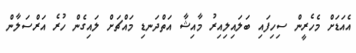
އެއަޑަށް މެހެރީން ސިހިފައި ބަލައިލިއިރު މާއިޝާ އަތްދަނޑި މައްޗަށް ލައިގެން ހުރެ އަރްސަލާން